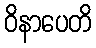
ဝိနာပေတိ